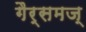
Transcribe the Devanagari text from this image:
गैर्समज्